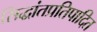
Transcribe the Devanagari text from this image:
सिद्धांतप्रतिपादित